Indian journal of veterinary science and animal husbandry - Volumes 15-17, 1948-1951
Year: 1948
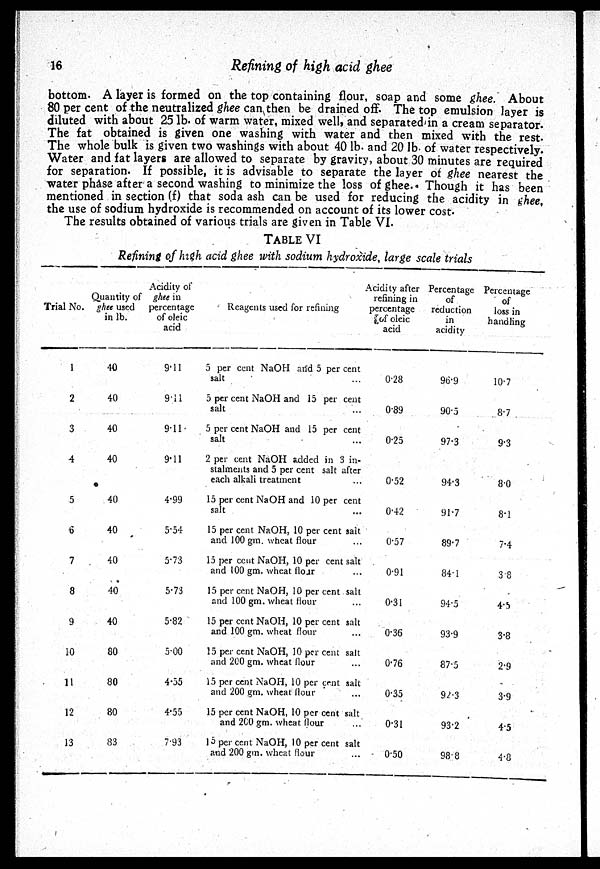
16
Refining of high acid ghee
bottom. A layer is formed on the top containing flour, soap and some ghee. About
80 per cent of the neutralized ghee can then be drained off. The top emulsion layer is
diluted with about 25 lb. of warm water, mixed well, and separated in a cream separator.
The fat obtained is given one washing with water and then mixed with the rest.
The whole bulk is given two washings with about 40 lb. and 20 lb. of water respectively.
Water and fat layers are allowed to separate by gravity, about 30 minutes are required
for separation. If possible, it is advisable to separate the layer of ghee nearest the
water phase after a second washing to minimize the loss of ghee. Though it has been
mentioned in section (f) that soda ash can be used for reducing the acidity in ghee,
the use of sodium hydroxide is recommended on account of its lower cost.
The results obtained of various trials are given in Table VI.
TABLE VI
Refining of high acid ghee with sodium hydroxide, large scale trials
Trial No.
1
2
3
4
5
6
7
8
9
10
11
12
13
Quantity of
ghee used
in lb.
40
40
40
40
40
40
40
40
40
80
80
80
83
Acidity of
ghee in
percentage
of oleic
acid
9.11
9.11
9.11
9.11
4.99
5.54
5.73
5.73
5.82
5.00
4.55
4.55
7.93
Reagents used for refining
5 per cent NaOH and 5 per cent
salt ...
5 per cent NaOH and 15 per cent
salt ...
5 per cent NaOH and 15 per cent
salt ...
2 per cent NaOH added in 3 in-
stalments and 5 per cent salt after
each alkali treatment ...
15 per cent NaOH and 10 per cent
salt ...
15 per cent NaOH, 10 per cent salt
and 100 gm. wheat flour ...
15 per cent NaOH, 10 per cent salt
and 100 gm. wheat floar ...
15 per cent NaOH, 10 per cent salt
and 100 gm. wheat flour ...
15 per cent NaOH, 10 per cent salt
and 100 gm. wheat flour ...
15 per cent NaOH, 10 per cent salt
and 260 gm. wheat flour ...
15 per cent NaOH, 10 per cent salt
and 200 gm. wheat flour ...
15 per cent NaOH, 10 per cent salt
and 200 gm. wheat flour ...
15 per cent NaOH, 10 per cent salt
and 200 gm. wheal flour ...
Acidity after
refining in
percentage
of oleic
acid
0.28
0.89
0.25
0.52
0.42
0.57
0.91
0.31
0.36
0.76
0.35
0.31
0.50
Percentage
of
reduction
in
acidity
96.9
90.5
97.3
94.3
91.7
89.7
84.1
94.5
93.9
87.5
92.3
93.2
98.8
Percentage
of
loss in
handling
10.7
8.7
9.3
8.0
8.1
7.4
3.8
4.5
3.8
2.9
3.9
4.5
4.8